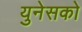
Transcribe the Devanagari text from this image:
युनेसको